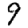
Digit: 9